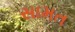
સામત